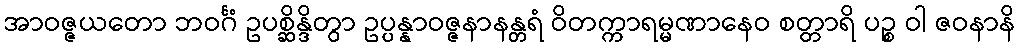
အာဝဇ္ဇယတော ဘဝင်္ဂံ ဥပစ္ဆိန္ဒိတွာ ဥပ္ပန္နာဝဇ္ဇနာနန္တရံ ဝိတက္ကာရမ္မဏာနေဝ စတ္တာရိ ပဉ္စ ဝါ ဇဝနာနိ